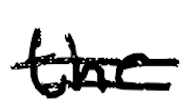
Text: the
Cross-out: double-line
Writing tool: digital_black